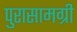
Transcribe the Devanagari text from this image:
पुरासामग्री